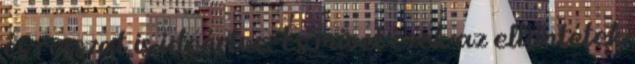
és rosszat is ideértve. És mivel ezek az ellentétek